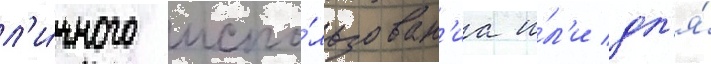
л'и́чного испо́льзован'иа и́л'и дл'я́